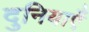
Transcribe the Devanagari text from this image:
दुनियाएँ